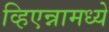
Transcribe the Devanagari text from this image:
व्हिएन्नामध्ये